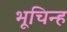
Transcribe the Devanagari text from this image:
भूचिन्ह